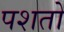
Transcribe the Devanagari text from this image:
पशतो